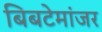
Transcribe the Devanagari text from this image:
बिबटेमांजर